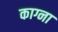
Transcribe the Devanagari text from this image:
काग्ना